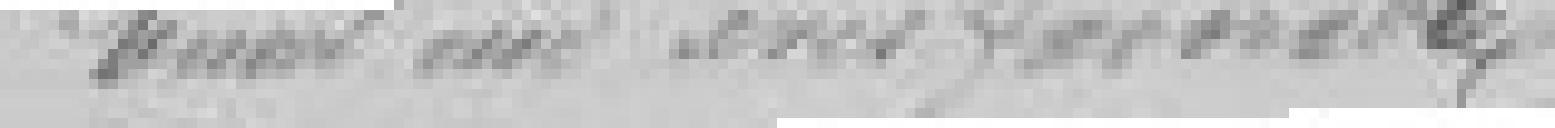
Emet un avis favorable.